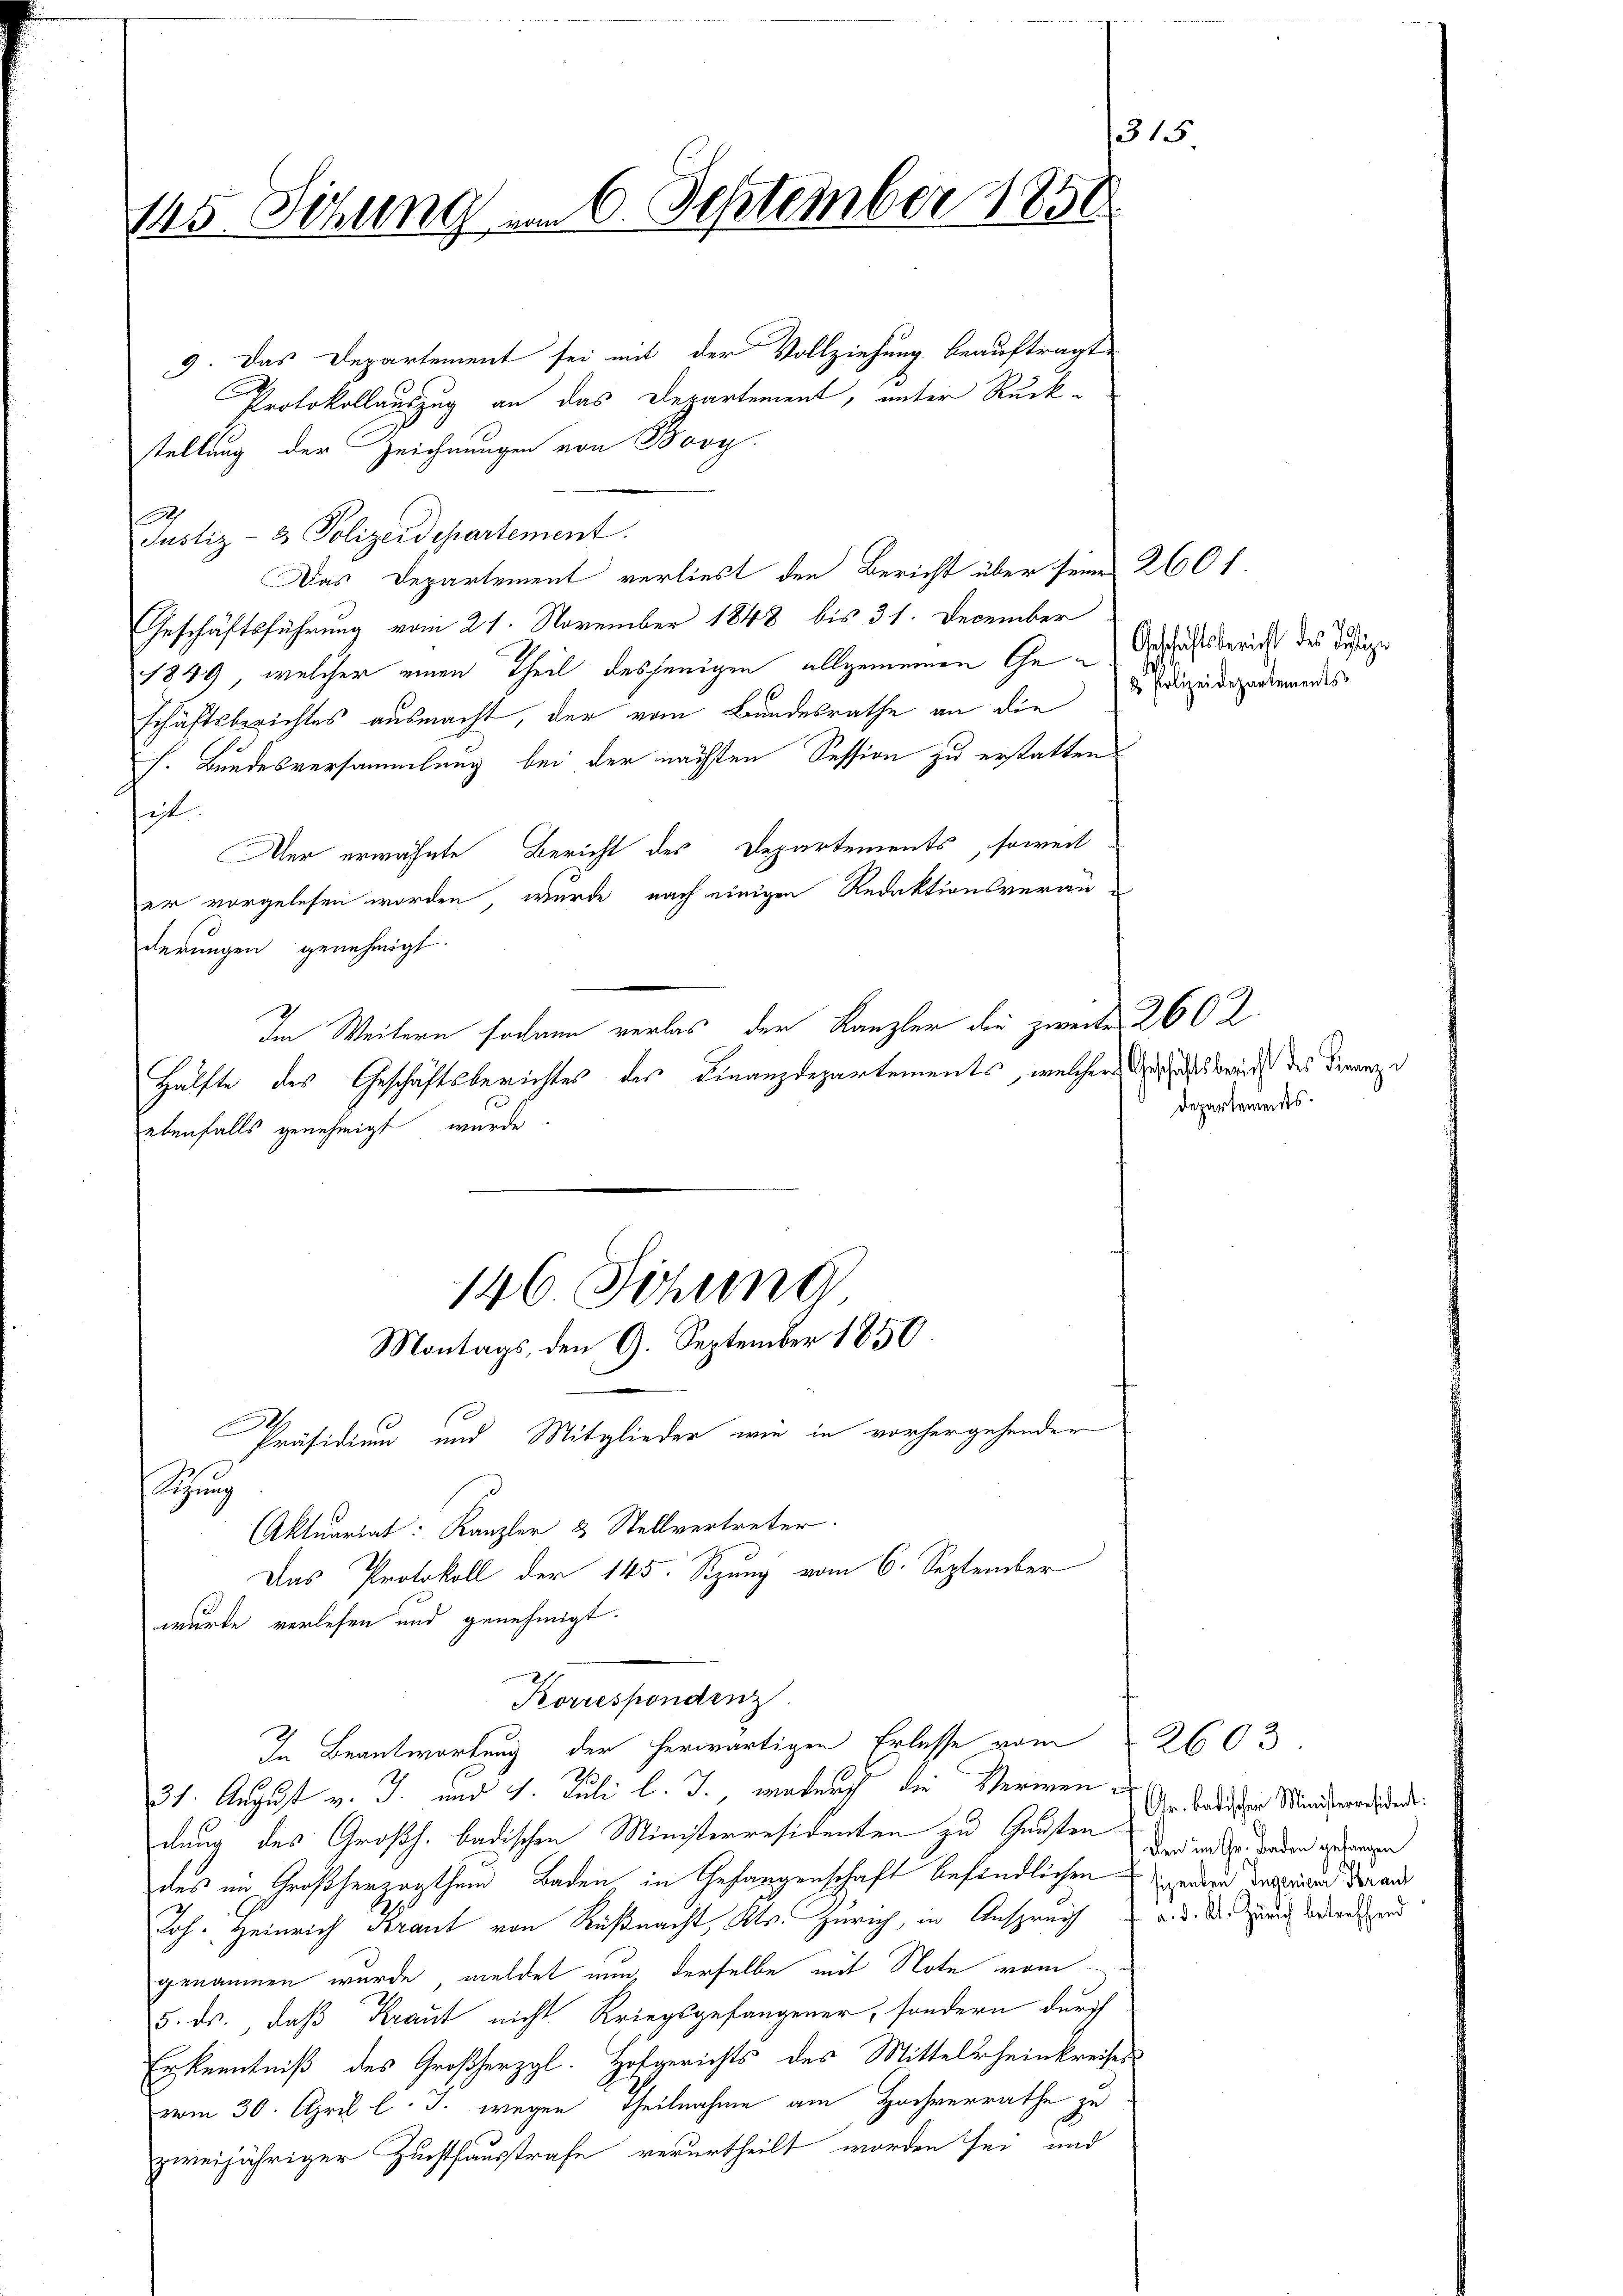
on
145. Sitzung am 6. September 1858.

9. Das Departement sei mit der Vollziehung beauftragt,
Protokollauszug an das Departement, unter Rückstellung der Zeichnungen von Bovy.
2
Justiz- & Polizeidepartement.
Das Departement verliest den Bericht über seine 260 l.
Geschäftsführung vom 21. November 1848 bis 31. December
1849, welcher einen Theil desjenigen allgemeinen Geschäftsbericht des Diesige
schäftsberichtes ausmacht, der vom Bundesrathe an die d Edlizeidezudierendes
h. Bundesversammlung bei der nächsten Session zu erstatten.
hist.
Aer erwähnte Bericht des Departements, soweit
er vorgelesen worden, wurde nach einigen Redaktionsveran
derungen genehmigt.
ebenfalls genehmigt wurde.
146. Sitzung
Montags, den 9. September 1850.
Präsidium und Mitglieder wie in vorhergehender
Sitzung
Aktuariat: Kanzler & Stellvertreter.
Das Protokoll der 145. Sizung vom 6. September
wurde verlesen und genehmigt.
Korrespondenz
In Beantwortung der herwärtigen Erlasse vom 2603.
31. August v. J. und 4. Juli l. J. wodurch die Vermendung des Großh. badischen Ministerresidenten zu Gunsten
des im Großherzogthum Baden, in Gefangenschaft befindlichen werden in der an
Joh. Heinrich Kraut von Küßnacht, Kts. Zürich, in Anspruch d. d. d. Zürich bedenkend
genommen wurde, meldet nun, derselbe mit Note vom
5. ds., daß Kraut nicht Kriegsgefangener, sondern durch
Erkenntniß des Großherzgl. Hofgerichts des Mittelheinkreises
vom 30. April l. J. wegen Theilnahme am Hochverrathe zu
zweijähriger Zuchthausstrafe verurtheilt worden sei, und

Im Weitern sodann verlas der Kanzler der zweite 260.

Hälfte des Geschäftsberichtes der Finanzdepartements, welcher dass berich des Finanze

Departements

Gr. Badischen Ministerresident:
den im Gr. Baden getangen